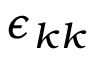
\epsilon _ { k k }